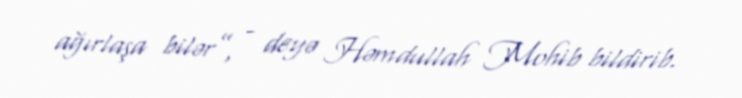
ağırlaşa bilər”, - deyə Həmdullah Mohib bildirib.